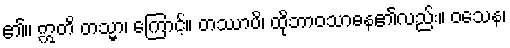
၏။ ဣတိ တသ္မာ၊ ကြောင့်။ တဿာပိ၊ ထိုဘာဝသာဓန၏လည်း။ ဝသေန၊